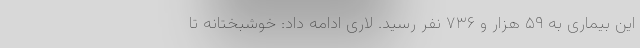
این بیماری به ۵۹ هزار و ۷۳۶ نفر رسید. لاری ادامه داد: خوشبختانه تا